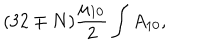
( 3 2 \mp N ) { \frac { \mu _ { 1 0 } } { 2 } } \int A _ { 1 0 } ,